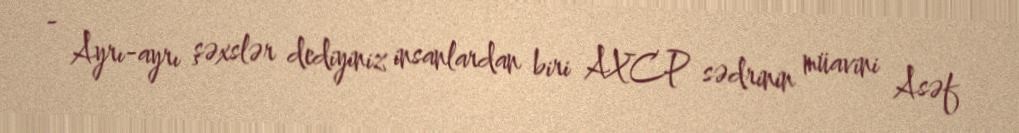
- Ayrı-ayrı şəxslər dediyiniz insanlardan biri AXCP sədrinin müavini Asəf